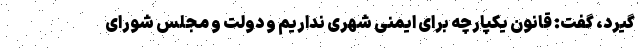
گیرد،‌ گفت: قانون یکپارچه برای ایمنی شهری نداریم و دولت و مجلس شورای